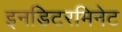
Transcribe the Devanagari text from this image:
इनडिटरमिनेट